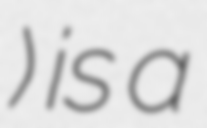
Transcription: አሰላ) is a